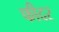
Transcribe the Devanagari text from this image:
फीदर